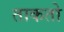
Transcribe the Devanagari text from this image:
ताकतो